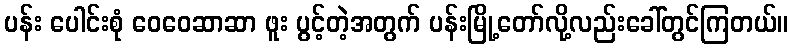
ပန်း ပေါင်းစုံ ဝေဝေဆာဆာ ဖူး ပွင့်တဲ့အတွက် ပန်းမြို့တော်လို့လည်းခေါ်တွင်ကြတယ်။